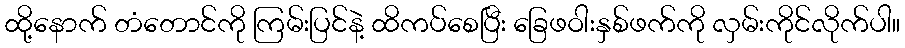
ထို့နောက် တံတောင်ကို ကြမ်းပြင်နဲ့ ထိကပ်စေပြီး ခြေဖဝါးနှစ်ဖက်ကို လှမ်းကိုင်လိုက်ပါ။